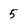
Character: 5